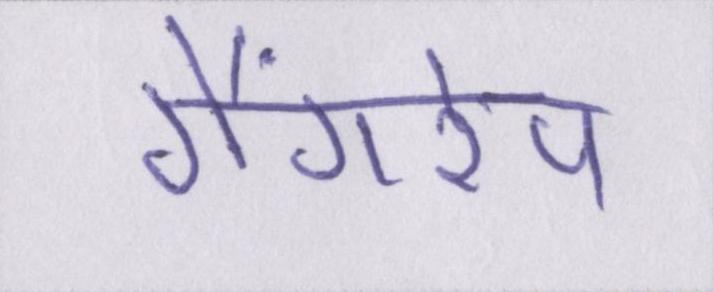
गैंगरेप